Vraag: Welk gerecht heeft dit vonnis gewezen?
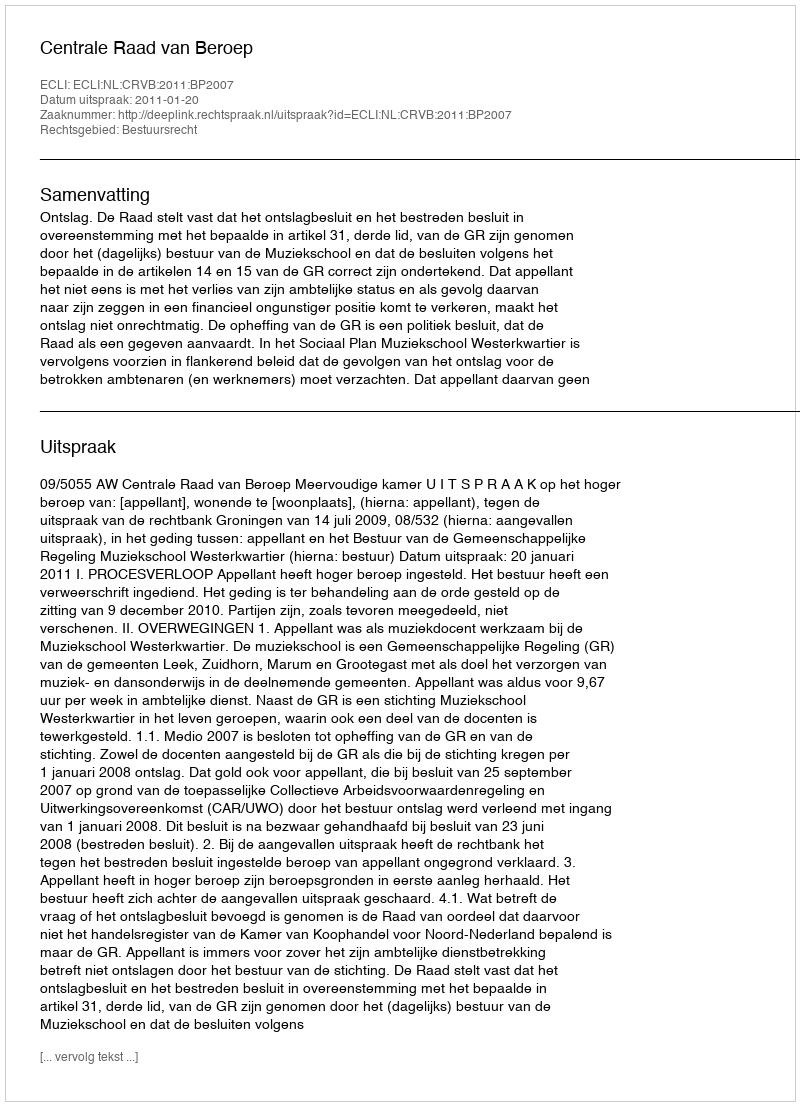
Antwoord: Centrale Raad van Beroep